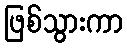
ဖြစ်သွားကာ